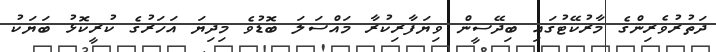
ދަތުރުވެރިންގެ މާރުކޭޓުގައި ބިދޭސީން ވިޔަފާރިކުރާ މައްސަލަ ބޮޑުވެ މިދިޔަ އަހަރުގެ ކުރީކޮޅު ބަޔަކު